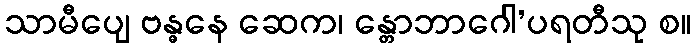
သာမီပျေ ဗန္ဓနေ ဆေက၊ န္တောဘာဂေါ’ပရတီသု စ။